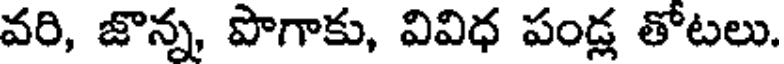
వరి, జొన్న, పొగాకు, వివిధ పండ్ల తోటలు.